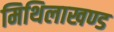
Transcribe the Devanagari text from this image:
मिथिलाखण्ड